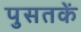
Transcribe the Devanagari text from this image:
पुसतकें